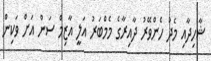
ޝާހިދާއި މެދު ހެންވޭރު ދާއިރާގެ މެމްބަރު އަލީ އާޒިމް ސަން އަށް ވަކިން